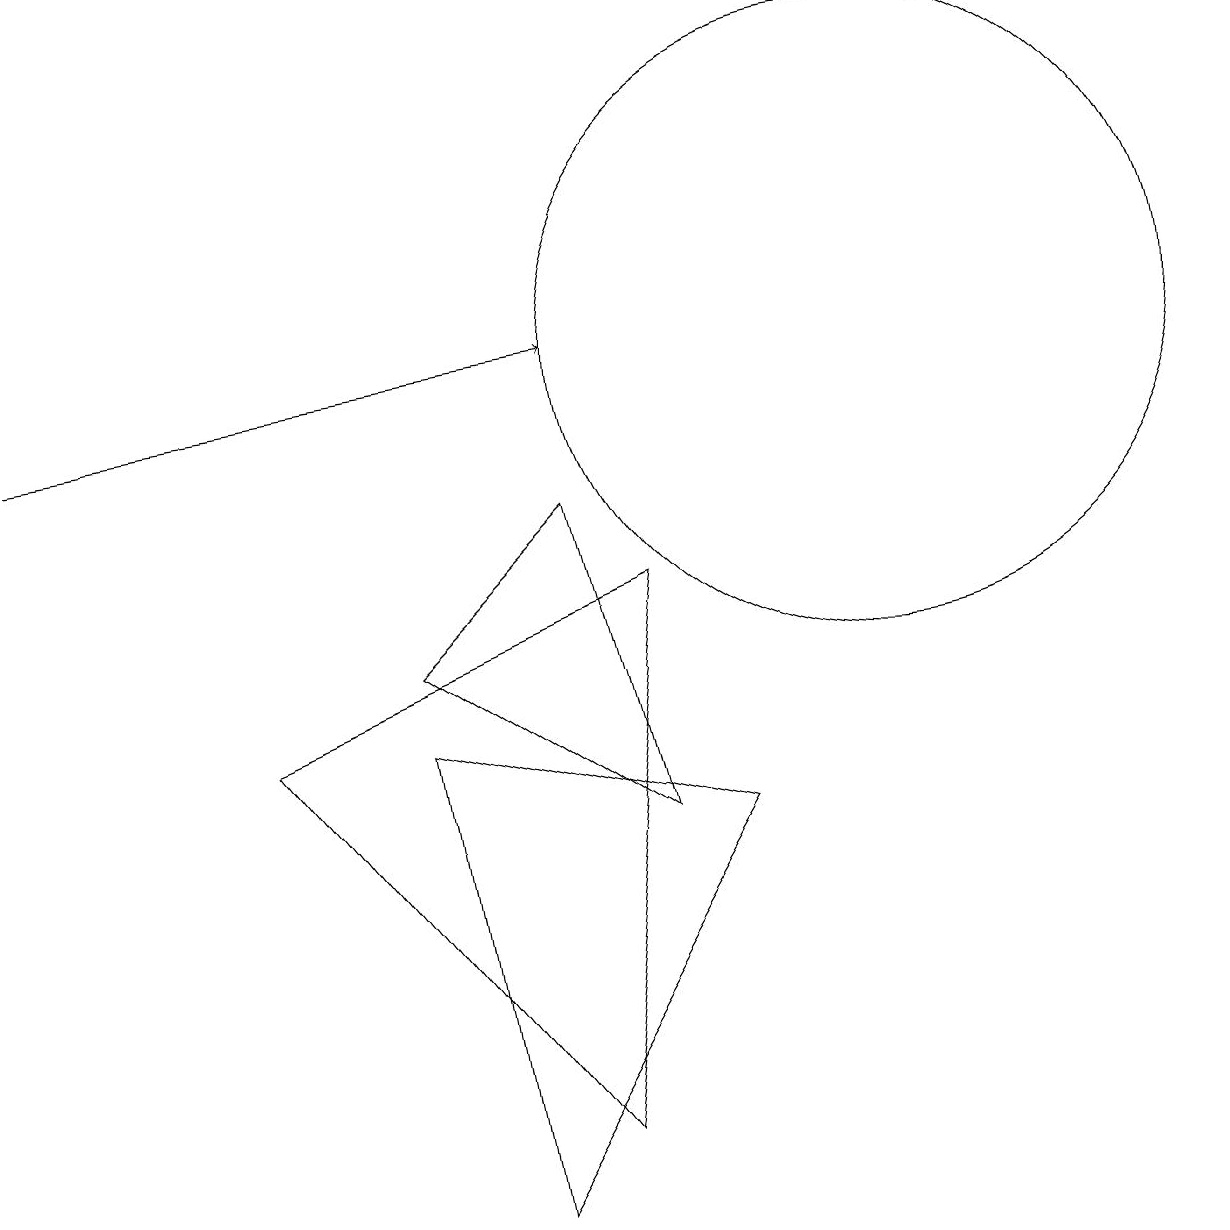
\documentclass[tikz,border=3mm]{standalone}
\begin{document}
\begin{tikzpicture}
\draw (11,11) circle (4);
\draw (8,8) -- (3,6) -- (7,1) -- cycle;
\draw[->] (0,10) -- (7,11);
\draw (5,6) -- (9,5) -- (6,0) -- cycle;
\draw (8,5) -- (7,9) -- (5,7) -- cycle;
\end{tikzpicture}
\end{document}